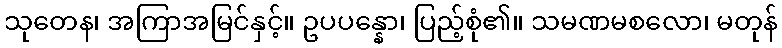
သုတေန၊ အကြာအမြင်နှင့်။ ဥပပန္နော၊ ပြည့်စုံ၏။ သမဏမစလော၊ မတုန်